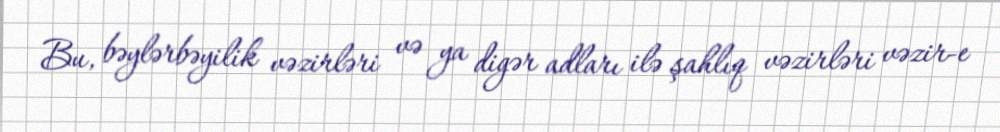
Bu, bəylərbəyilik vəzirləri və ya digər adları ilə şahlıq vəzirləri vəzir-e